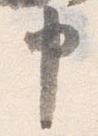
申